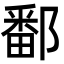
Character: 鄱